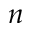
n